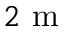
2 \textrm { m }